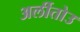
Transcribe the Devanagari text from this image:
अर्लीतोउ